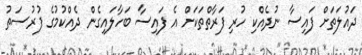
ދައުލަތަށް ފައިސާ ނުދެއްކި ހުރި ފަރާތްތަކަށް އެ ފައިސާ ބަހާލައިގެން ދެއްކުމުގެ ފުރުސަތު